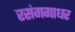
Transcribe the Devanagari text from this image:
रसंगगाधर